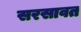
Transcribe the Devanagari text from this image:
सरसावत